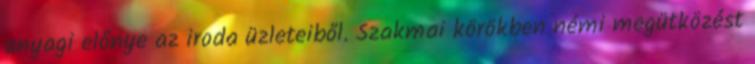
anyagi előnye az iroda üzleteiből. Szakmai körökben némi megütközést